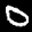
Label: 0